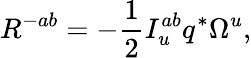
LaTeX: R^{-ab}=-{\frac{1}{2}}I_{u}^{ab}q^{*}\Omega^{u},